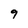
Character: 9